Leprosy in India: report of the Leprosy Commission in India, 1890-91
Year: 1890
Disease focus: Leprosy
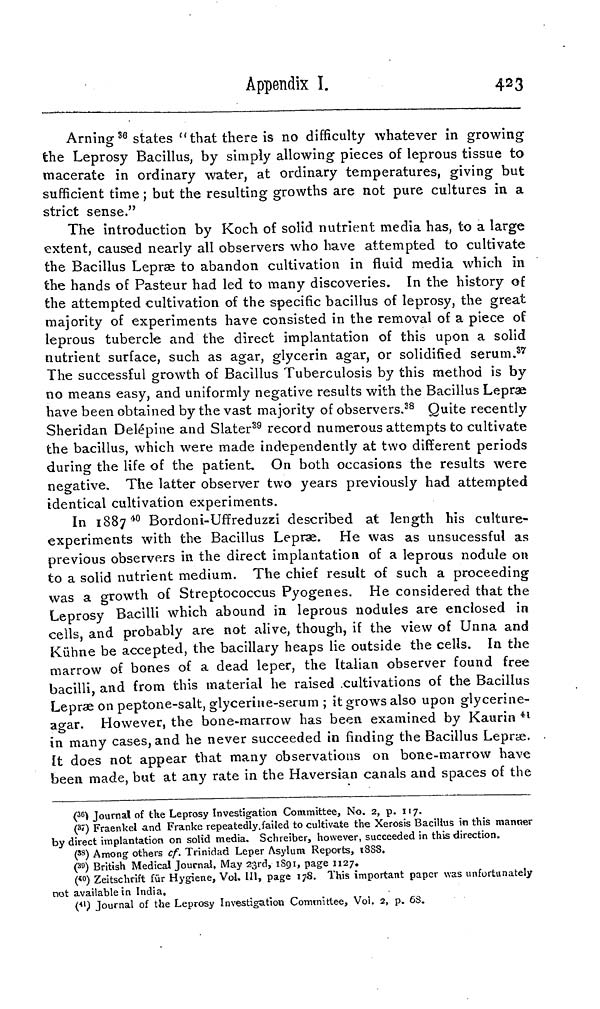
Appendix I.
423
Arning 36 states "that there is no difficulty whatever in growing
the Leprosy Bacillus, by simply allowing pieces of leprous tissue to
macerate in ordinary water, at ordinary temperatures, giving but
sufficient time ; but the resulting growths are not pure cultures in a
strict sense."
The introduction by Koch of solid nutrient media has, to a large
extent, caused nearly all observers who have attempted to cultivate
the Bacillus Lepræ to abandon cultivation in fluid media which in
the hands of Pasteur had led to many discoveries. In the history of
the attempted cultivation of the specific bacillus of leprosy, the great
majority of experiments have consisted in the removal of a piece of
leprous tubercle and the direct implantation of this upon a solid
nutrient surface, such as agar, glycerin agar, or solidified serum. 37
The successful growth of Bacillus Tuberculosis by this method is by
no means easy, and uniformly negative results with the Bacillus Lepræ
have been obtained by the vast majority of observers. 38 Quite recently
Sheridan Delépine and Slater 39 record numerous attempts to cultivate
the bacillus, which were made independently at two different periods
during the life of the patient On both occasions the results were
negative. The latter observer two years previously had attempted
identical cultivation experiments.
In 1887 40 Bordoni-Uffreduzzi described at length his culture-
experiments with the Bacillus Lepræ. He was as unsucessful as
previous observers in the direct implantation of a leprous nodule on
to a solid nutrient medium. The chief result of such a proceeding
was a growth of Streptococcus Pyogenes. He considered that the
Leprosy Bacilli which abound in leprous nodules are enclosed in
cells, and probably are not alive, though, if the view of Unna and
Kühne be accepted, the bacillary heaps lie outside the cells. In the
marrow of bones of a dead leper, the Italian observer found free
bacilli, and from this material he raised cultivations of the Bacillus
Lepræ on peptone-salt, glyceriue-serum ; it grows also upon glycerine-
agar. However, the bone-marrow has been examined by Kaurin 41
in many cases, and he never succeeded in finding the Bacillus Lepræ.
it does not appear that many observations on bone-marrow have
been made, but at any rate in the Haversian canals and spaces of the
( 36) Journal of the Leprosy Investigation Committee, No. 2, p. 117.
( 37 ) Fraenkel and Franke repeatedly failed to cultivate the Xerosis Bacillus in this manner
by direct implantation on solid media. Schreiber, however, succeeded in this direction.
(38) Among others cf. Trinidad Leper Asylum Reports, 1888.
( 39 ) British Medical Journal, May 23rd, 1891, page 1127.
(40) Zeitschrift für Hygiene, Vol, III, page 178. This important paper was unfortunately
not available in India,
( 4l ) Journal of the Leprosy Investigation Committee, Voi. 2, p. 63.